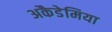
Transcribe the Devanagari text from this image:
अकैडेमिया